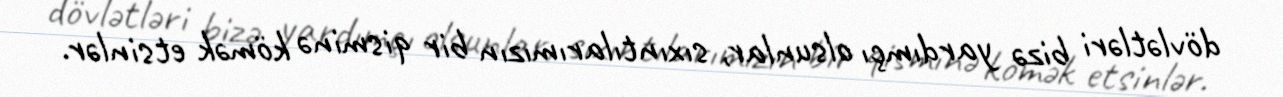
dövlətləri bizə yardımçı olsunlar, sıxıntılarımızın bir qisminə kömək etsinlər.